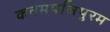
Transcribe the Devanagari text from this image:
कतमपलिपुरम